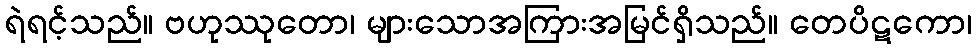
ရဲရင့်သည်။ ဗဟုဿုတော၊ များသောအကြားအမြင်ရှိသည်။ တေပိဋကော၊